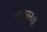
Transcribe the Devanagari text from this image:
शताननः।।